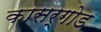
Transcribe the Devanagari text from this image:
कासर्गोड